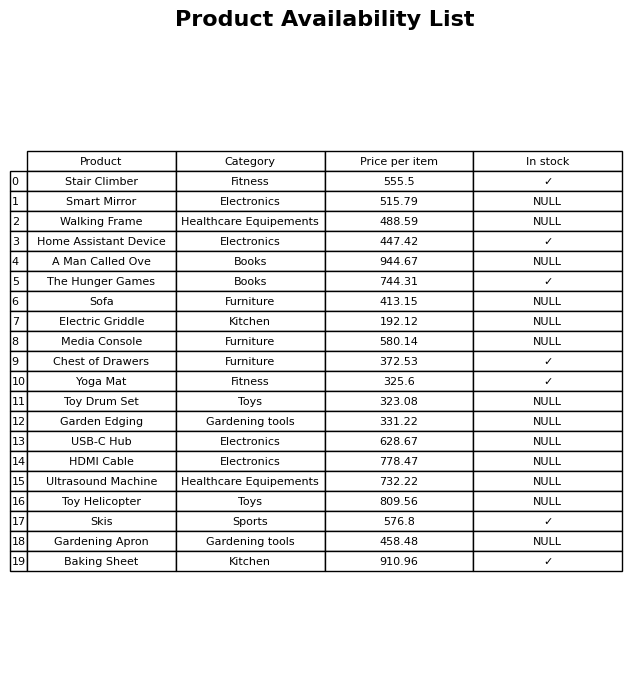
question: What is the price of the Garden Edging?
answer: The price of Garden Edging is 331.22.